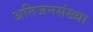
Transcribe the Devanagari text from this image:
अतिजनसंख्या